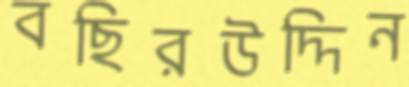
বছিরউদ্দিন